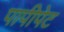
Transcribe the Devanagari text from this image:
पापीपेट